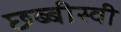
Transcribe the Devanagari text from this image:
छ्ब्बीस्वी